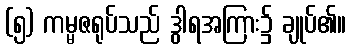
(၅) ကမ္မဇရုပ်သည် ဒွါရအကြား၌ ချုပ်၏။